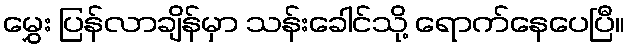
မွှေး ပြန်လာချိန်မှာ သန်းခေါင်သို့ ရောက်နေပေပြီ။